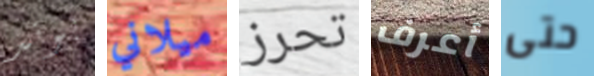
بوند ميلاني تحرز أعرف حتى